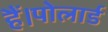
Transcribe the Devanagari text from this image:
हैं।पोलार्ड